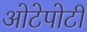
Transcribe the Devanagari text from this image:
ओटेपोटी